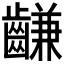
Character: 𪙊